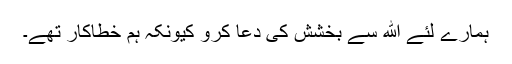
ہمارے لئے الله سے بخشش کی دعا کرو کیونکہ ہم خطاکار تھے۔